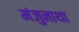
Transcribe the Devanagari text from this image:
मंजुनाथा